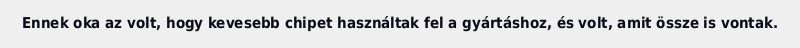
Ennek oka az volt, hogy kevesebb chipet használtak fel a gyártáshoz, és volt, amit össze is vontak.